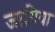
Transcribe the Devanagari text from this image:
जागिया